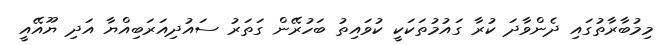
މިމުބާރާތުގައި ދެންވާދަ ކުރާ ގައުމުތަކަކީ ކުވައިތު ބަހުރޭން ގަތަރު ސައުދިއަރަބިއްޔާ އަދި ޔޫއޭއީ